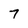
Character: 7